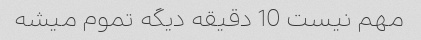
مهم نیست 10 دقیقه دیگه تموم میشه